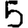
Digit: 5